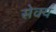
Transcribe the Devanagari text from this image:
सेक्य